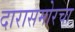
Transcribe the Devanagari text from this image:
दारासमोरचा